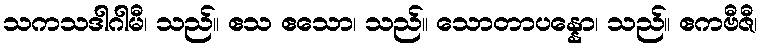
သကသဒါဂါမီ၊ သည်။ ဧသ ဧသော၊ သည်။ သောတာပန္နော၊ သည်။ ဧကဗီဇီ၊